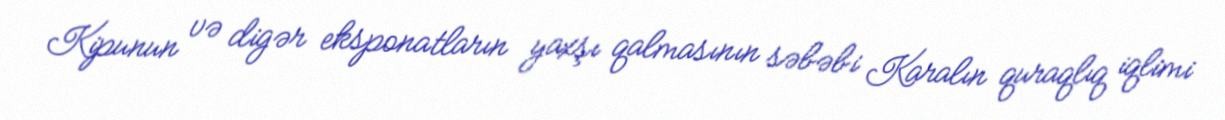
Kipunun və digər eksponatların yaxşı qalmasının səbəbi Karalın quraqlıq iqlimi